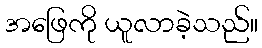
အဖြေကို ယူလာခဲ့သည်။